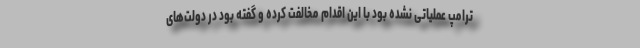
ترامپ عملیاتی نشده بود با این اقدام مخالفت کرده و گفته بود در دولت‌های